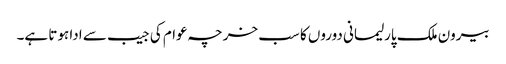
بیرون ملک پارلیمانی دوروں کا سب خرچہ عوام کی جیب سے ادا ہوتا ہے۔